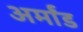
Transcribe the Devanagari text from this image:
अर्मांड